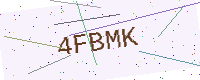
Text: 4FBMK